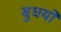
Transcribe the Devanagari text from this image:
बुघयो